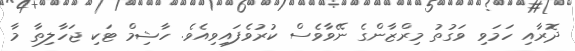
ދޮރާއި ހަމަވި ވަގުތު މިރްޒާންގެ ނޭވާވެސް ކުރުވެފައިވިއެވެ. ހާޝިމް ޓަކި ޖަހާލިތާ މާ